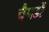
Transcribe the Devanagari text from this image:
चैपडों